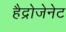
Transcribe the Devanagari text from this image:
हैद्रोजेनेट